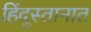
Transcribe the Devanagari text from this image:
हिंदूस्तानात